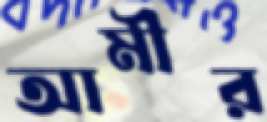
আমীর